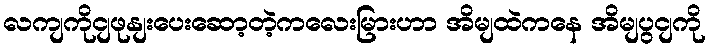
လကျကိုငျဖုနျးပေးဆော့တဲ့ကလေးမြားဟာ အိမျထဲကနေ အိမျပွငျကို